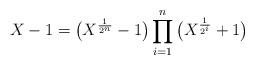
LaTeX: \begin{align*}X-1 = \big(X^{\frac 1{2^n}} - 1 \big) \prod_{i=1}^n \big( X^{\frac{1}{2^i}} + 1\big)\end{align*}